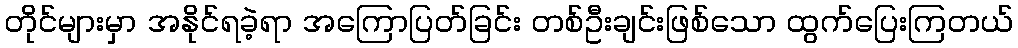
တိုင်များမှာ အနိုင်ရခဲ့ရာ အကြောပြတ်ခြင်း တစ်ဦးချင်းဖြစ်သော ထွက်ပြေးကြတယ်